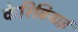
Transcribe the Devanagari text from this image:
केरिबियाई